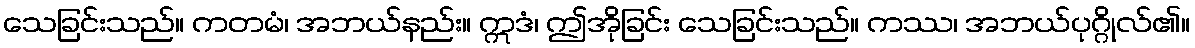
သေခြင်းသည်။ ကတမံ၊ အဘယ်နည်း။ ဣဒံ၊ ဤအိုခြင်း သေခြင်းသည်။ ကဿ၊ အဘယ်ပုဂ္ဂိုလ်၏။